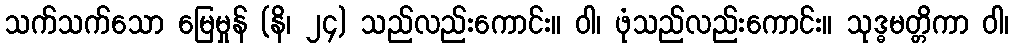
သက်သက်သော မြေမှုန် (နိ၊ ၂၄) သည်လည်းကောင်း။ ဝါ၊ ဖုံသည်လည်းကောင်း။ သုဒ္ဓမတ္တိကာ ဝါ၊